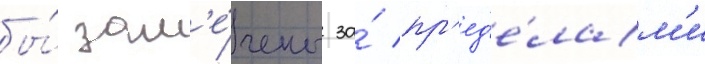
бы́ зам'е́чены за́ пр'ед'е́лам'и